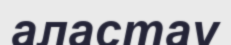
аластау